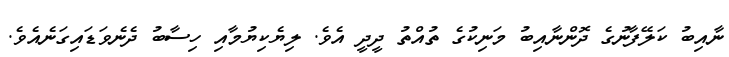
ނާއިބު ކަލޭފާނުގެ ދޮންނާއިބު މަނިކުގެ ތުއްތު ދީދީ އެވެ. ލިޔެކިޔުމާއި ހިސާބު ދެނެވަޑައިގަނެއެވެ.